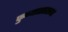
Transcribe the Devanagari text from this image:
फुग्यासारख्या